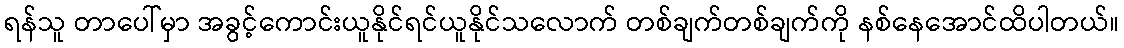
ရန်သူ တာပေါ်မှာ အခွင့်ကောင်းယူနိုင်ရင်ယူနိုင်သလောက် တစ်ချက်တစ်ချက်ကို နစ်နေအောင်ထိပါတယ်။